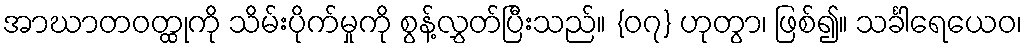
အာဃာတဝတ္ထုကို သိမ်းပိုက်မှုကို စွန့်လွှတ်ပြီးသည်။ {၀၇} ဟုတွာ၊ ဖြစ်၍။ သင်္ခါရေယေဝ၊